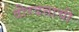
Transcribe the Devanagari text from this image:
वीरदत्ताची